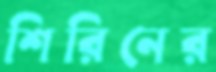
শিরিনের